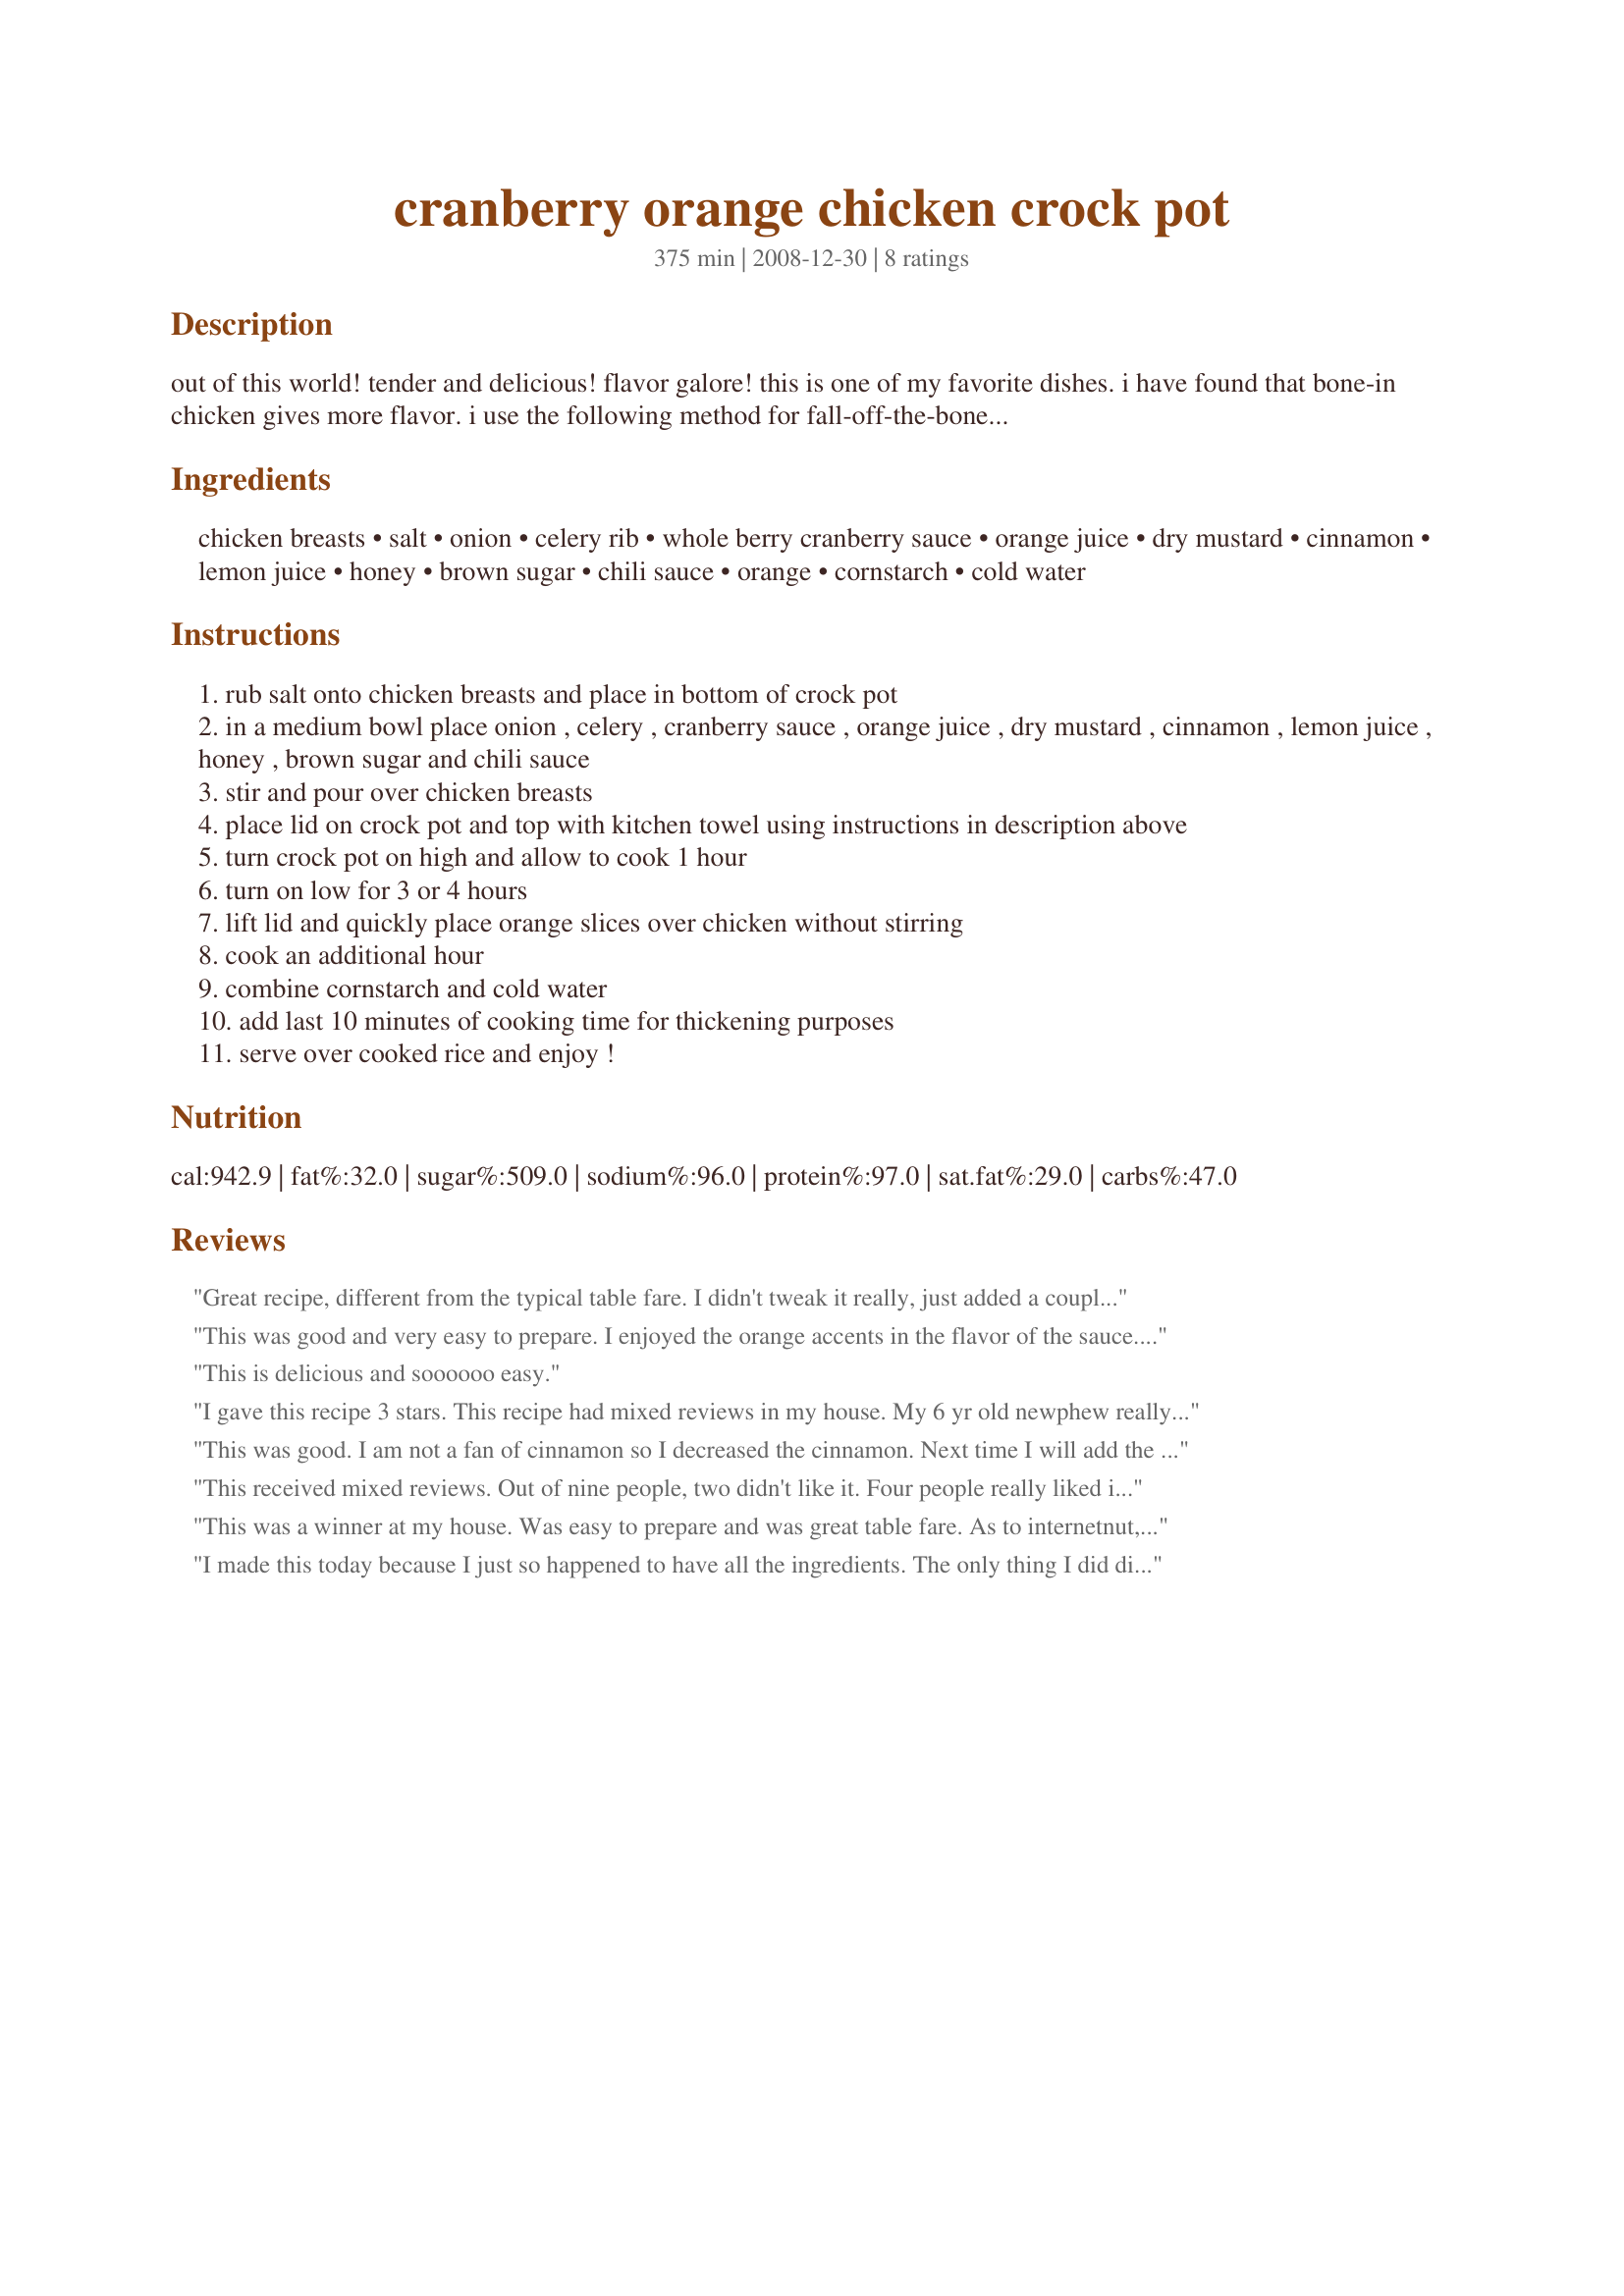
cranberry orange chicken crock pot
Preparation time: 375 minutes

out of this world! tender and delicious! flavor galore! this is one of my favorite dishes. i have found that bone-in chicken gives more flavor. i use the following method for fall-off-the-bone chicken. after placing the lid on crock pot place a large double folded kitchen towel over top of lid letting it fall over sides of crock pot. this allows no steam to escape. the sauce in this dish makes good 'gravy' over cooked rice. makes a pretty dish to serve guests.

Ingredients:
chicken breasts, salt, onion, celery rib, whole berry cranberry sauce, orange juice, dry mustard, cinnamon, lemon juice, honey, brown sugar, chili sauce, orange, cornstarch, cold water

Steps:
rub salt onto chicken breasts and place in bottom of crock pot
in a medium bowl place onion , celery , cranberry sauce , orange juice , dry mustard , cinnamon , lemon juice , honey , brown sugar and chili sauce
stir and pour over chicken breasts
place lid on crock pot and top with kitchen towel using instructions in description above
turn crock pot on high and allow to cook 1 hour
turn on low for 3 or 4 hours
lift lid and quickly place orange slices over chicken without stirring
cook an additional hour
combine cornstarch and cold water
add last 10 minutes of cooking time for thickening purposes
serve over cooked rice and enjoy !

Reviews:
Great recipe, different from the typical table fare. I didn't tweak it really, just added a couple more celery rib (because I like it) and I've made it with breasts and thighs (not together, separately) both turned out great! Lastly, it's easy to double the recipe for bigger families / gatherings.
This was good and very easy to prepare. I enjoyed the orange accents in the flavor of the sauce. Thanks for sharing.
This is delicious and soooooo easy.
I gave this recipe 3 stars. This recipe had mixed reviews in my house. My 6 yr old newphew really liked this chicken. My future hubby thought the chicken was good. I wasn't very crazy over the flavor of the sauce. While I thought this sounded so good I just wasn't crazy over it. I had some Orange Spray whole berry cranberry sauce to use up so I searched recipes using it and came across this recipe and was pleased to have everything on hand. When I made this chicken I used imitation honey, chili sauce, and Splenda brown sugar. I did use chicken thighs instead of breast which were still slightly frozen so I cooked my chicken for 10 hours to make sure it was completely cooked. I decided to serve the chicken without the rice. Just as the recipe states the chicken does fall right off the bone which I did like. I removed the chicken before adding the cornstarch/water mix. I then served the sauce over the chicken. Over all I don't think I'll make this recipe again. Thanks for posting! Christine (internetnut)
This was good. I am not a fan of cinnamon so I decreased the cinnamon. Next time I will add the original amount. I also used 3 frozen chicken breasts and threw them in the crock pot. One hour high and 3 hours low.
This received mixed reviews. Out of nine people, two didn't like it. Four people really liked it a lot. And three thought it was fine. I made it according to directions. The chicken was tender and juicy. The sauce thickened up well, and I served it over rice with steamed broccoli on the side. It's a nice combination of orange, cinnamon, and cranberry.
This was a winner at my house. Was easy to prepare and was great table fare. As to internetnut, you do not follow recipe imitation honey, chili sauce and splenda and then you give it three stars?
I made this today because I just so happened to have all the ingredients. The only thing I did different was to use boneless breasts and thus cooked it on low only for about 4 hours. (I did do the towel on top too...never tried such a thing but, why not?) It was delicious. I'm not sure if it was the sauce or the cooking method but the chicken was tender and even though I was worried it would be too sweet, it wasn't. Thanks for a lovely new way to make chicken.
